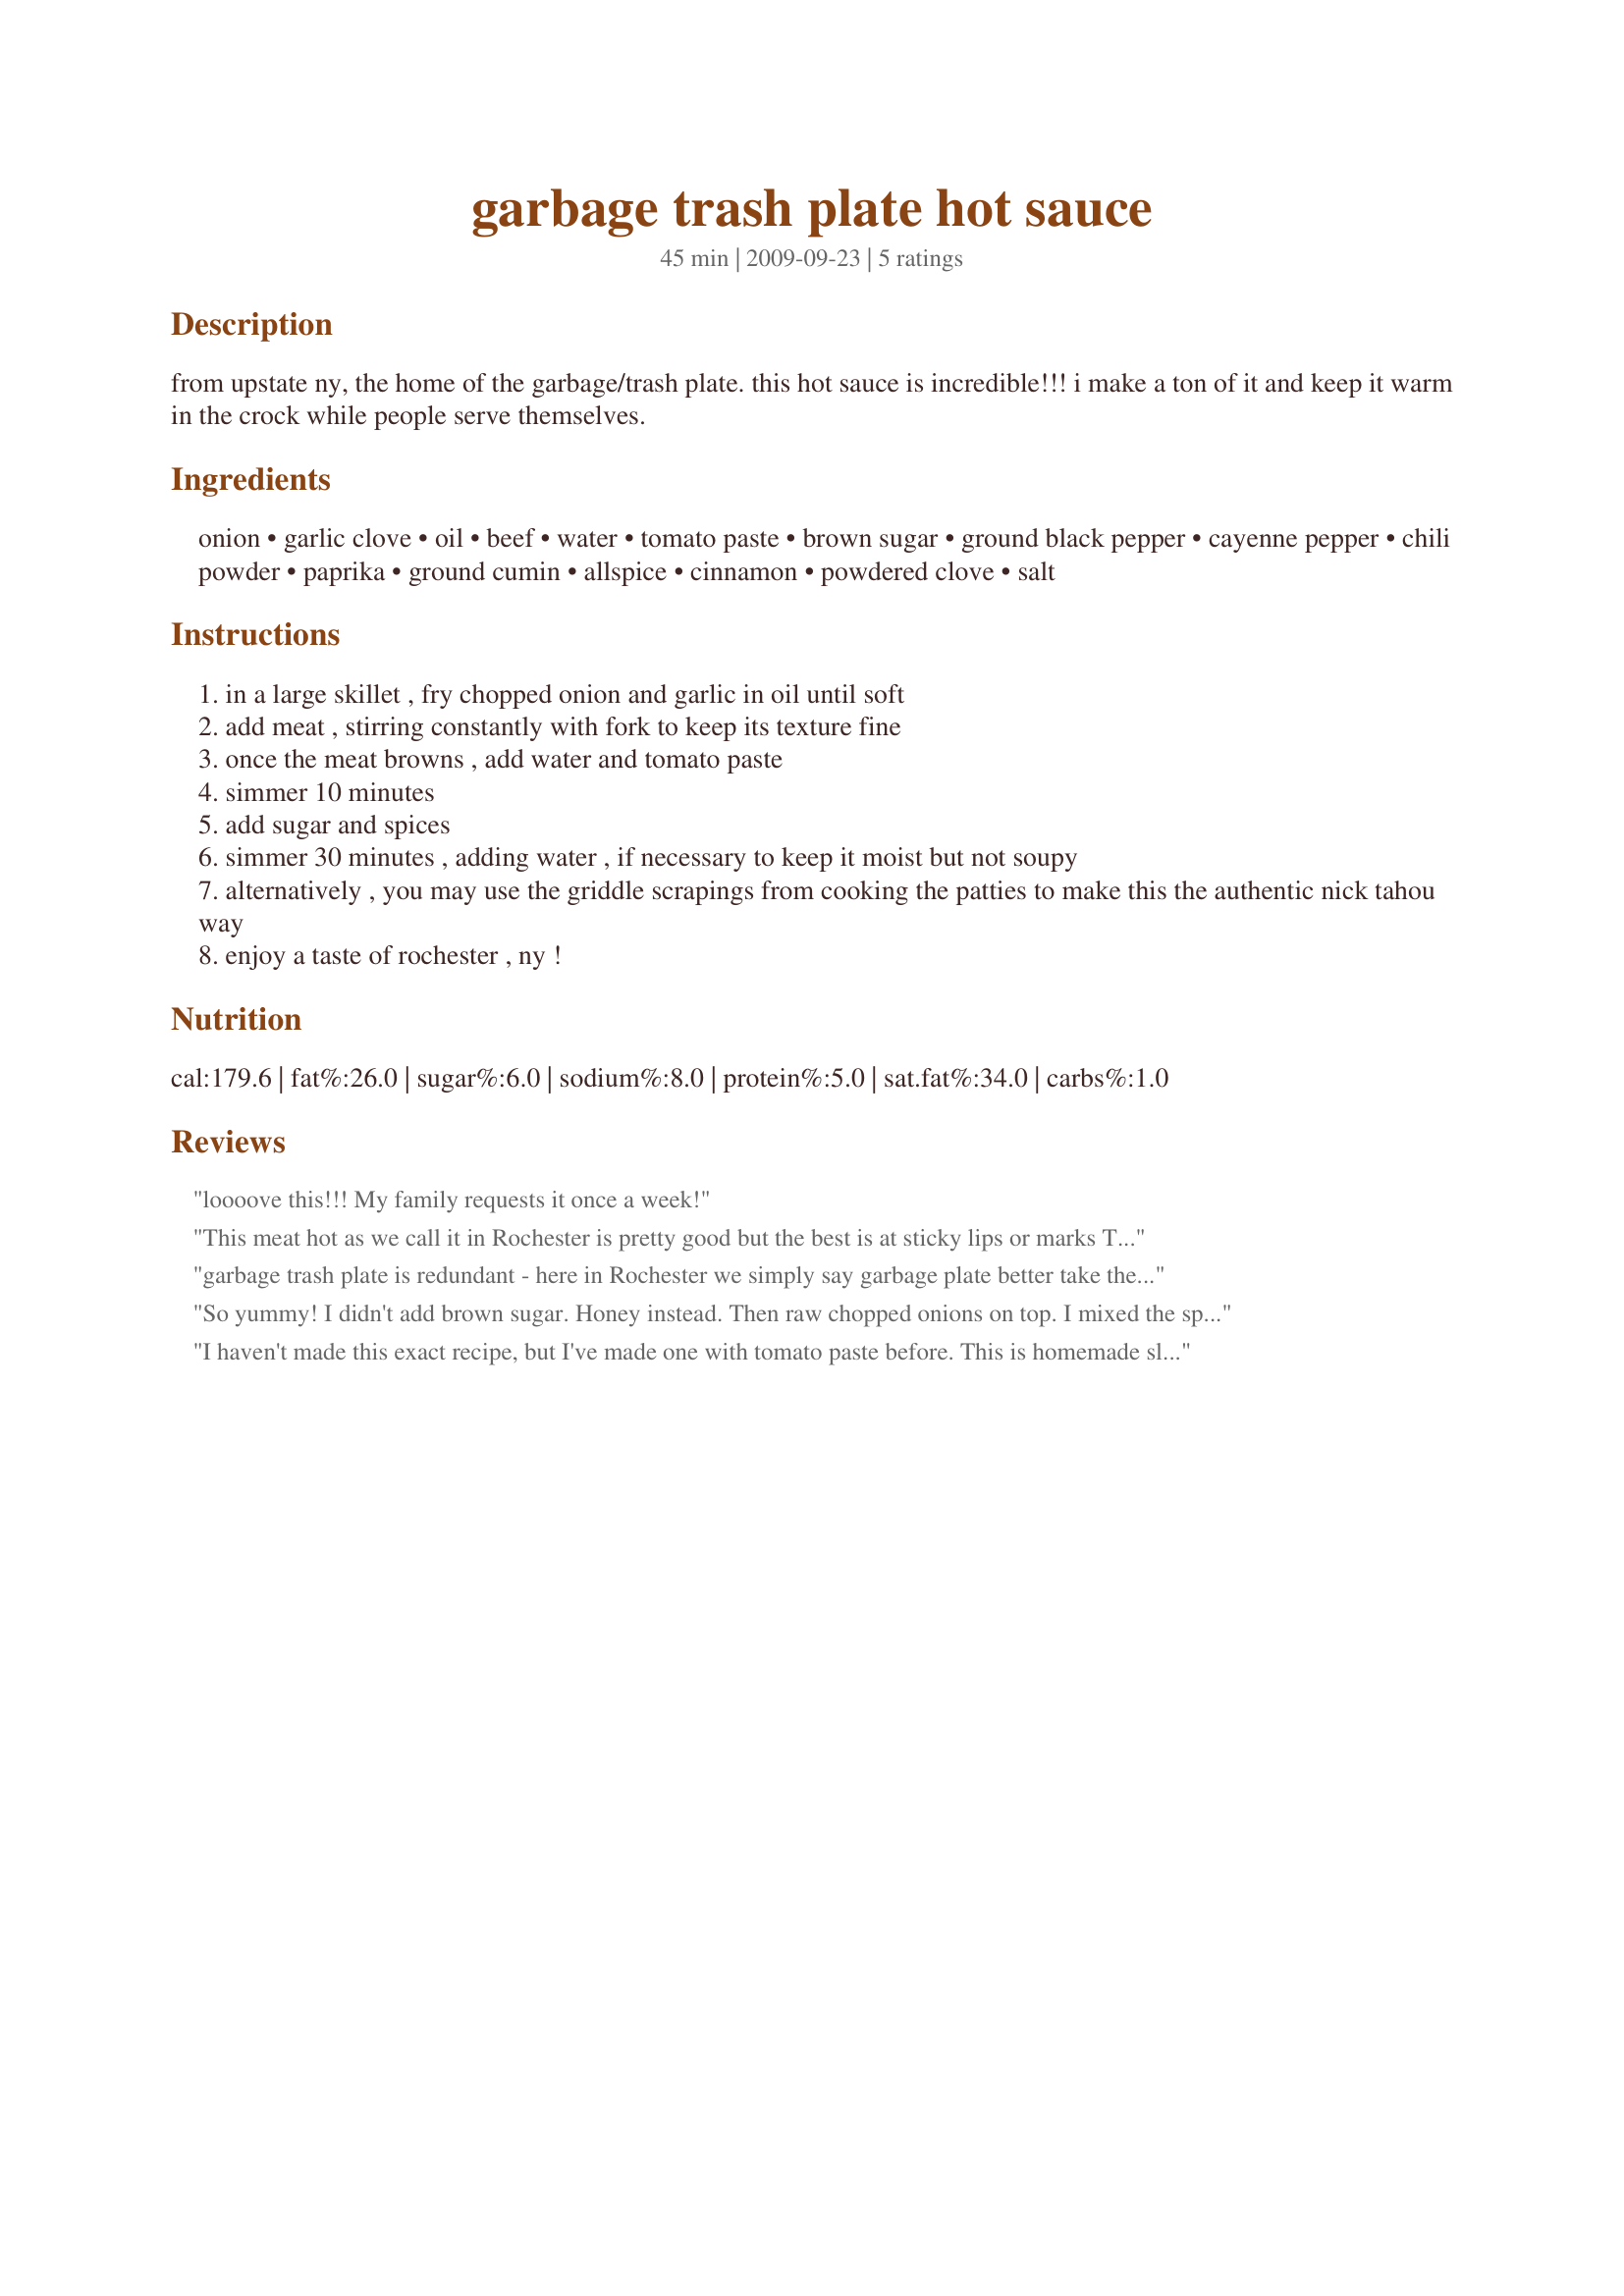
garbage trash plate hot sauce
Preparation time: 45 minutes

from upstate ny, the home of the garbage/trash plate. this hot sauce is incredible!!!
i make a ton of it and keep it warm in the crock while people serve themselves.

Ingredients:
onion, garlic clove, oil, beef, water, tomato paste, brown sugar, ground black pepper, cayenne pepper, chili powder, paprika, ground cumin, allspice, cinnamon, powdered clove, salt

Steps:
in a large skillet , fry chopped onion and garlic in oil until soft
add meat , stirring constantly with fork to keep its texture fine
once the meat browns , add water and tomato paste
simmer 10 minutes
add sugar and spices
simmer 30 minutes , adding water , if necessary to keep it moist but not soupy
alternatively , you may use the griddle scrapings from cooking the patties to make this the authentic nick tahou way
enjoy a taste of rochester , ny !

Reviews:
loooove this!!! My family requests it once a week!
This meat hot as we call it in Rochester is pretty good but the best is at sticky lips or marks Texas hots. Also in Rochester we are so familiar with garbage plates we simply say &quot;let's go get a plate&quot; or I'm having a plate for dinner&quot;
garbage trash plate is redundant - here in Rochester we simply say garbage plate

better take the trash out
So yummy! I didn't add brown sugar. Honey instead. Then raw chopped onions on top. I mixed the spices in a baggie to make sure it was mixed perfectly. Def try that, then u can make double for later and set aside. My husband said it tastes just like home! They sell it right down the street! We live in Rochester! Ok good luck
I haven't made this exact recipe, but I've made one with tomato paste before. This is homemade sloppy joes, not the meat hot sauce that you get at a Rochester X-Hots joint. There is no tomato in the real stuff. It's all meat, grease, and spice.
